Report of the Municipal Commissioner on the plague in Bombay for the year ending 31st May... - Volume 3
Disease focus: Plague
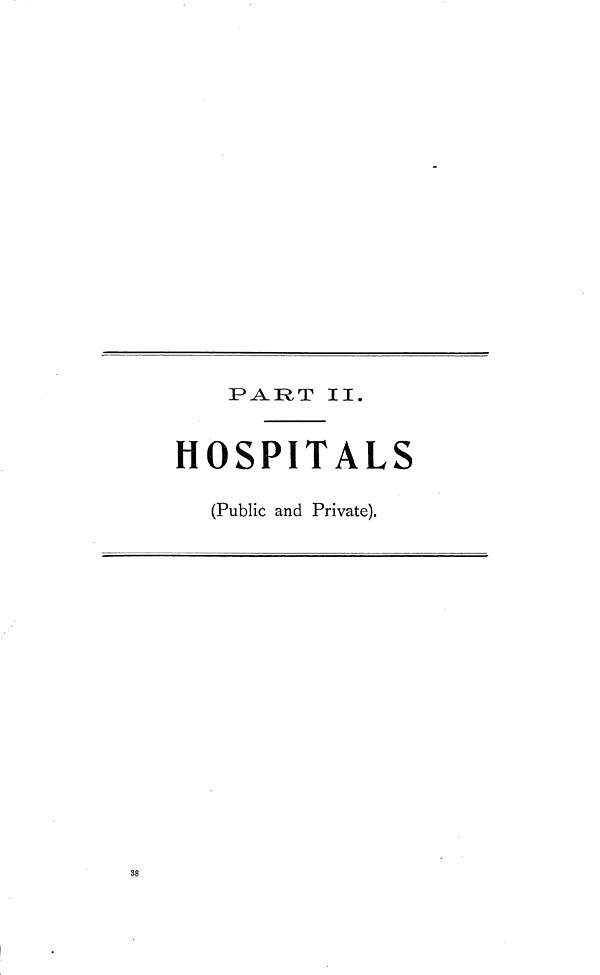
PART
II.
HOSPITALS
(Public and Private).
38